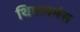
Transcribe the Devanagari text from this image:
थिएलमंस